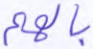
بالهم